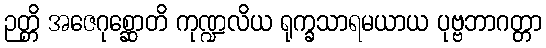
ဉတ္တိ အဇေဂုစ္ဆောတိ ကုဏ္ဍလိယ ရုက္ခသာရမယာယ ပုဗ္ဗဘာဂတ္တာ